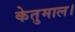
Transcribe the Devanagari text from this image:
केतुमाल।